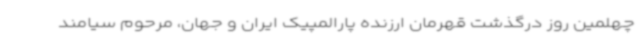
چهلمین روز درگذشت قهرمان ارزنده پارالمپیک ایران و جهان، مرحوم سیامند